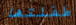
طفلتها